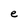
Character: e